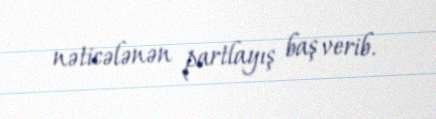
nəticələnən partlayış baş verib.